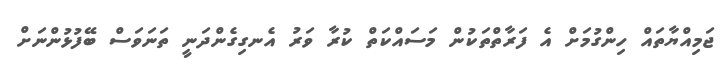
ޖަމިއްޔާތައް ހިންގުމަށް އެ ފަރާތްތަކުން މަސައްކަތް ކުރާ ވަރު އެނގިގެންދަނީ ތަނަވަސް ބޭފުޅުންނަށް